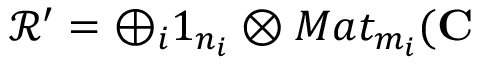
\mathcal { R } ^ { \prime } = \oplus _ { i } 1 _ { n _ { i } } \otimes M a t _ { m _ { i } } ( \mathbf { C }